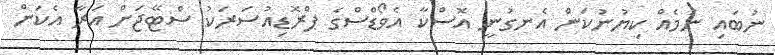
ނުބައި ނަމެއް ކިޔުނުކަން އެނގުނީ އޮސްކާ އެވޯޑްސްގެ ޕްރޮޑިއުސަރަކު ސްޓޭޖަށް އަރާ އެކަން